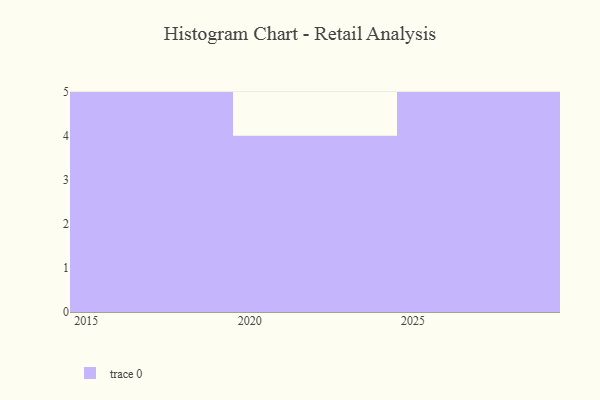
{"axis": {"x": "Year", "y": "Operating Costs (USD K)"}, "legend": [""], "data": [{"x": "2029", "y": 51, "type": ""}, {"x": "2026", "y": 38, "type": ""}, {"x": "2018", "y": 29, "type": ""}, {"x": "2017", "y": 25, "type": ""}, {"x": "2021", "y": 100, "type": ""}, {"x": "2015", "y": 90, "type": ""}, {"x": "2023", "y": 41, "type": ""}, {"x": "2027", "y": 88, "type": ""}, {"x": "2028", "y": 14, "type": ""}, {"x": "2019", "y": 16, "type": ""}, {"x": "2024", "y": 90, "type": ""}, {"x": "2022", "y": 55, "type": ""}, {"x": "2025", "y": 75, "type": ""}, {"x": "2016", "y": 58, "type": ""}]}